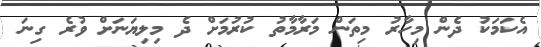
އެކަމަކު ދެން މިހާރު މިތަން މަރާމާތު ކުރުމަށް ދެ މިލިޔަނަށް ވުރެ ގިނަ